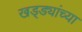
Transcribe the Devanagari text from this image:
खड्ड्यांच्या